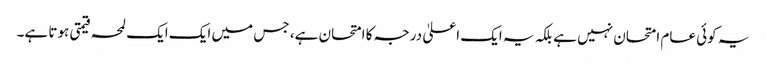
یہ کوئی عام امتحان نہیں ہے بلکہ یہ ایک اعلیٰ درجہ کا امتحان ہے، جس میں ایک ایک لمحہ قیمتی ہوتا ہے۔